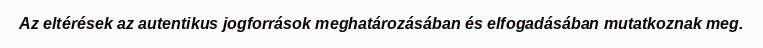
Az eltérések az autentikus jogforrások meghatározásában és elfogadásában mutatkoznak meg.